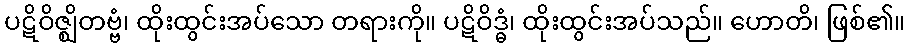
ပဋိဝိဇ္ဈိတဗ္ဗံ၊ ထိုးထွင်းအပ်သော တရားကို။ ပဋိဝိဒ္ဓံ၊ ထိုးထွင်းအပ်သည်။ ဟောတိ၊ ဖြစ်၏။